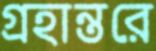
গ্রহান্তরে